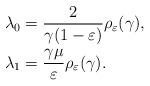
LaTeX: \begin{align*}& \lambda_{0}=\frac{2}{\gamma(1-\varepsilon)}\rho_{\varepsilon}(\gamma),\\& \lambda_1=\frac{\gamma\mu}{\varepsilon}\rho_{\varepsilon}(\gamma).\end{align*}